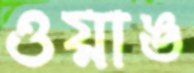
ওয়াঙ